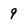
Character: 9